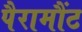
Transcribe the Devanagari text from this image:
पैरामौंट